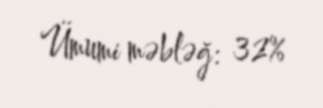
Ümumi məbləğ: 32%